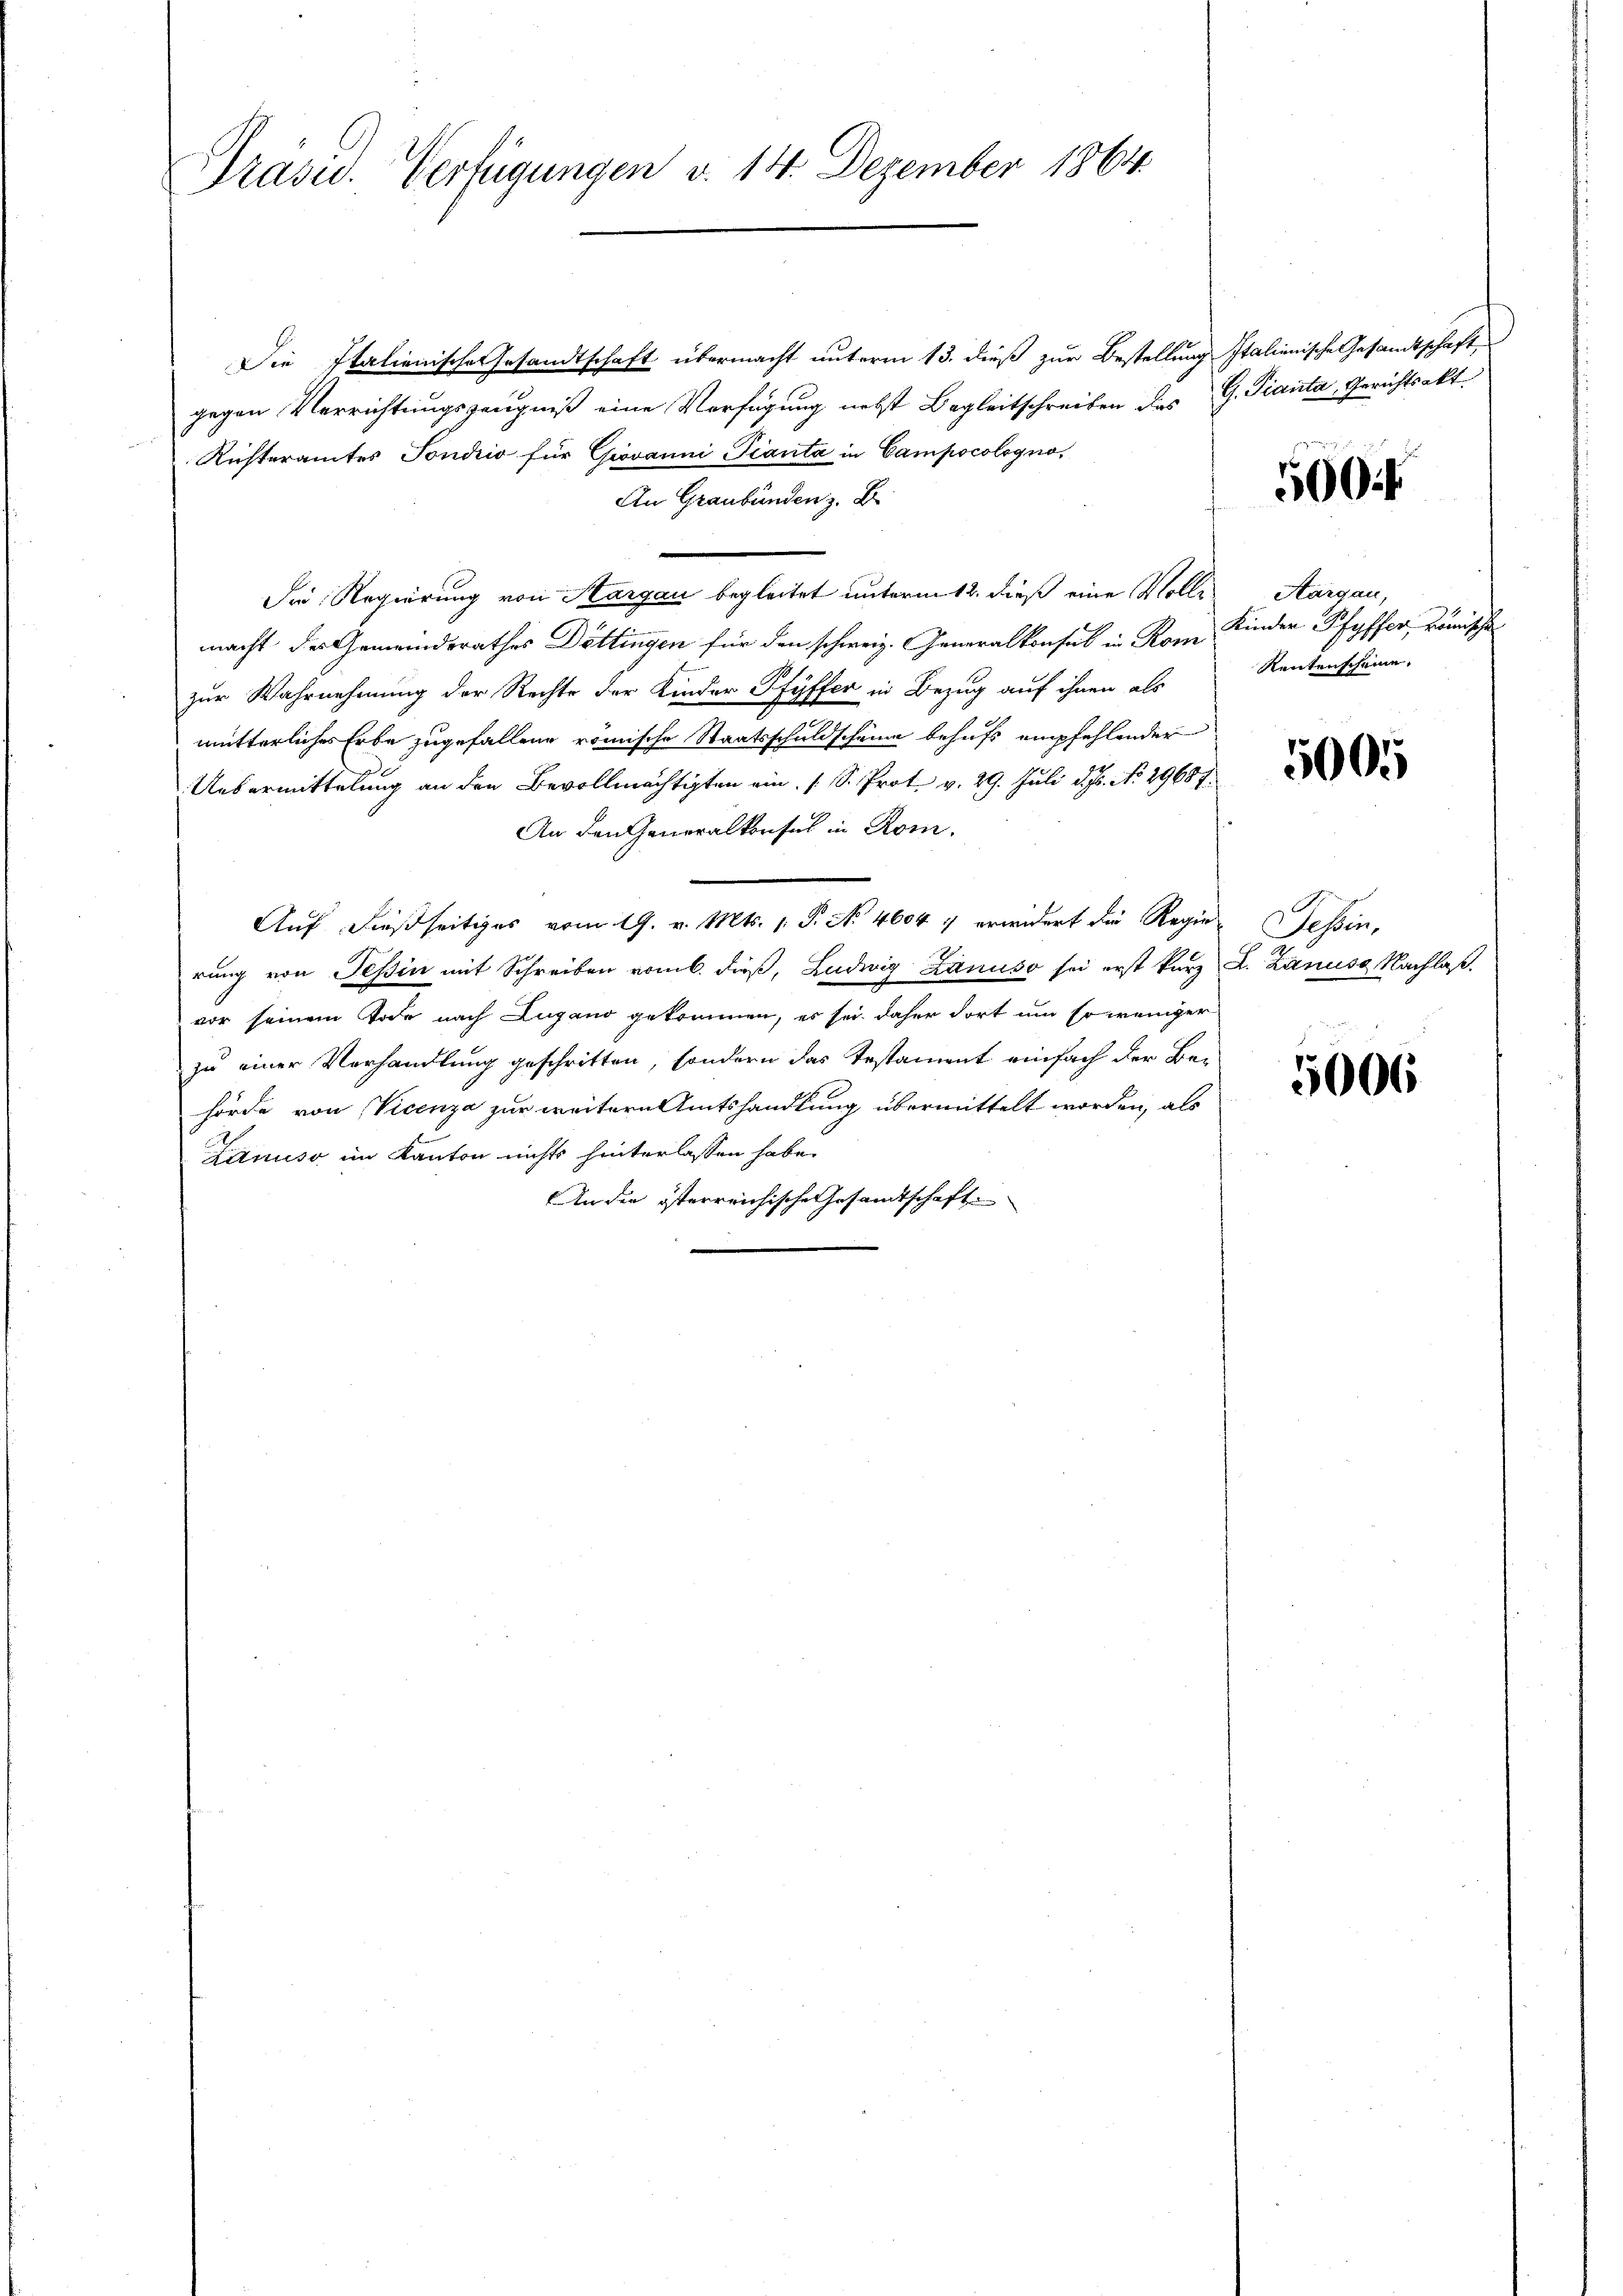
Präsid.. Verfügungen v. 14. Dezember 1864.

Die Italienische Gesandtschaft übermacht unterm 13. dieß zur Bestellung Italienische Gesandtschaft
gegen Verrichtungszeugniß eine Verfügung nebst Begleitschreiben des G. Tianta, Gerichtsakt
Richteramtes Tondio für Giovanni-Pianta in Campocologno,
An Graubünden z. B.
Die Regierung von Aargau begleitet unterm 12. dieß eine Volle Aargau,
macht der Gemeindsrathes Döttingen für den schweiz. Generalkonsul in Rom Kinder Pfyffer, römische
zur Wahrnehmung der Rechte der Kinder Pfyffer in Bezug auf ihnen als
mutterliches Erbe zugefallene römische Staatsschuldscheine behufs empfehlender
Uebermittelung an den Bevollmächtigten ein (S. Prot. v. 29. Juli d. Js. No. 29687.
An den Generalkonsul in Rom.
Auf dießseitiges vom 19. v. Mts. 1. P. No 46047 erwidert die Regie Tessin,
rung von Tessin mit Schreiben vom 6. dieß, Ludwig Zanuso sei erst kurz L. Zanuss Nachlaß.
vor seinem Tode nach Lugano gekommen, es sei daher dort um so weniger
zu einer Vorhandlung geschritten, sondern das Testament einfach der Behörde von Vicenza zur weitern Amtshandlung übermittelt worden, als
Lanuso im Kanton nichts hinterlassen habe.
An die österreichische Gesandtschaft

500 f

Rentenscheine,

5005

5006